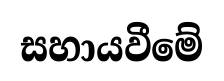
සහායවීමේ